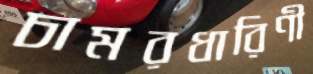
চামরধারিণী